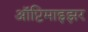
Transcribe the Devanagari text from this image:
ऑप्टिमाइझर